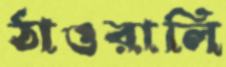
ঠাওরালি